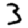
Digit: 3